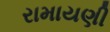
રામાયણી